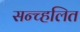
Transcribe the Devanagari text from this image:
सन्च्हलित